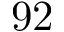
9 2